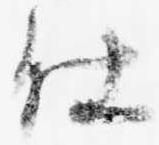
仕